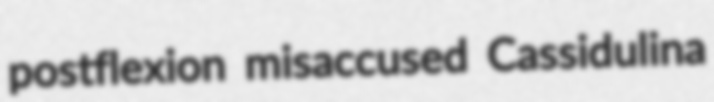
postflexion misaccused Cassidulina